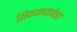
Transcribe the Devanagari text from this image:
शिकवण्यापेक्षा